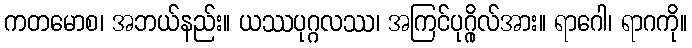
ကတမောစ၊ အဘယ်နည်း။ ယဿပုဂ္ဂလဿ၊ အကြင်ပုဂ္ဂိုလ်အား။ ရာဂေါ၊ ရာဂကို။